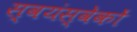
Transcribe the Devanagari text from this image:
स्वयंस्वेकों